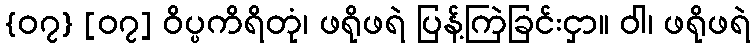
{၀၇} [၀၇] ဝိပ္ပကိရိတုံ၊ ဖရိုဖရဲ ပြန့်ကြဲခြင်းငှာ။ ဝါ၊ ဖရိုဖရဲ